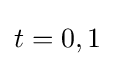
t=0,1